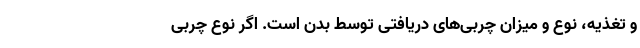
و تغذیه، نوع و میزان چربی‌های دریافتی توسط بدن است. اگر نوع چربی